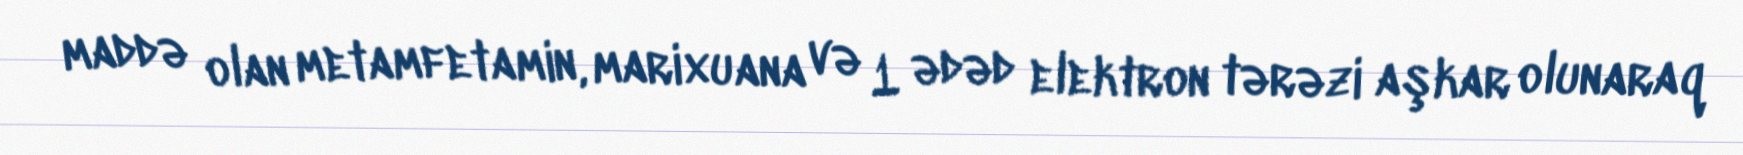
maddə olan metamfetamin, marixuana və 1 ədəd elektron tərəzi aşkar olunaraq